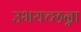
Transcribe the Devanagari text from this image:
उभयच्छन्ना